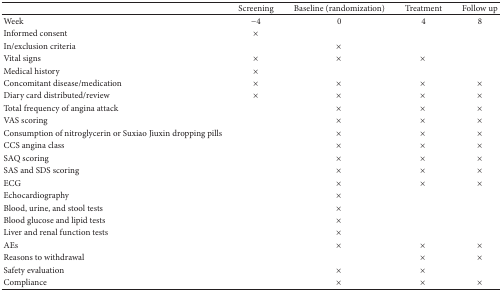
|  | Screening | Baseline (randomization) | Treatment | Follow up |
 | --- | --- | --- | --- | --- |
 | Week | −4 | 0 | 4 | 8 |
 | Informed consent | × |  |  |  |
 | In/exclusion criteria |  | × |  |  |
 | Vital signs | × | × | × |  |
 | Medical history | × |  |  |  |
 | Concomitant disease/medication | × | × | × | × |
 | Diary card distributed/review | × | × | × | × |
 | Total frequency of angina attack |  | × | × | × |
 | VAS scoring |  | × | × | × |
 | Consumption of nitroglycerin or Suxiao Jiuxin dropping pills |  | × | × | × |
 | CCS angina class |  | × | × | × |
 | SAQ scoring |  | × | × | × |
 | SAS and SDS scoring |  | × | × | × |
 | ECG |  | × | × | × |
 | Echocardiography |  | × |  |  |
 | Blood, urine, and stool tests |  | × |  |  |
 | Blood glucose and lipid tests |  | × |  |  |
 | Liver and renal function tests |  | × |  |  |
 | AEs |  | × | × | × |
 | Reasons to withdrawal |  |  | × | × |
 | Safety evaluation |  | × | × |  |
 | Compliance |  | × | × | × |